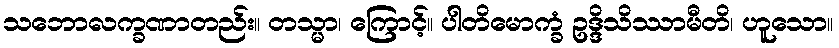
သဘောလက္ခဏာတည်း။ တသ္မာ၊ ကြောင့်။ ပါတိမောက္ခံ ဥဒ္ဒိသိဿာမီတိ၊ ဟူသော။